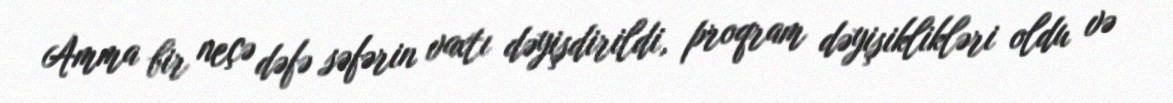
Amma bir neçə dəfə səfərin vaxtı dəyişdirildi, proqram dəyişiklikləri oldu və